Vaccination in Burma 1889-1999 - 1889-1999
Year: 1889
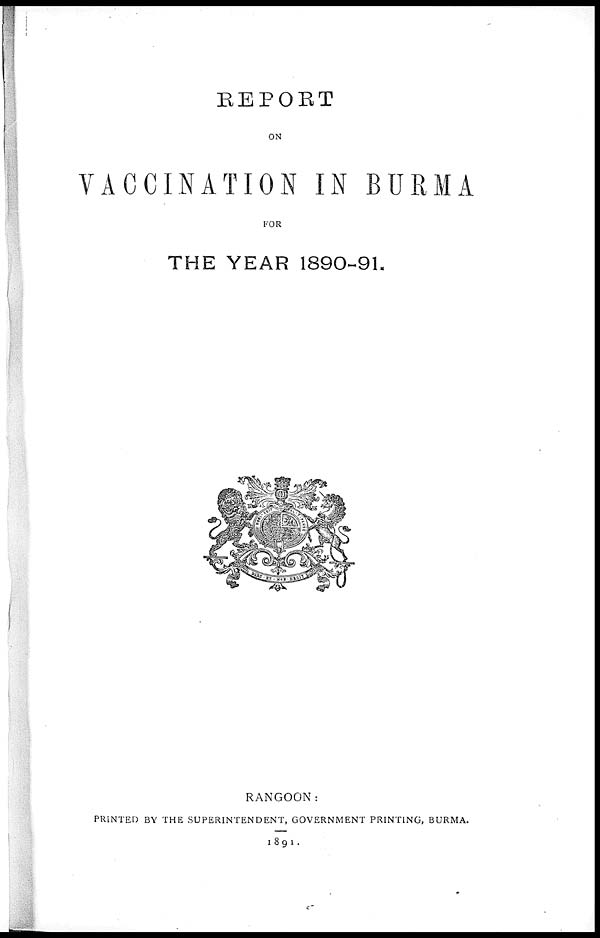
REPORT
ON
VACCINATION IN BURMA
FOR
THE YEAR 1890-91.
RANGOON:
PRINTED BY THE SUPERINTENDENT, GOVERNMENT PRINTING, BURMA.
1891.